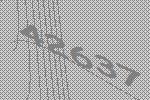
42637